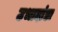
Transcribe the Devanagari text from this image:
उभादांडा